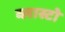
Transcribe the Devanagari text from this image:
व्लास्टो